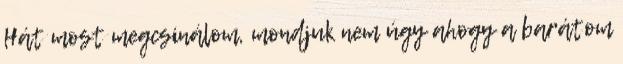
Hát most megcsinálom, mondjuk nem úgy ahogy a barátom